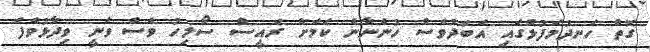
ގޮތް ހަނދުމަފުޅުގައި އަބަދުވެސް ހުންނާނެ ކަމަށް ރައީސް ސޯލިހު ވެސް ވަނީ ވިދާޅުވެފަ